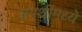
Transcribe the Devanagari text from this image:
अस्थींमध्ये